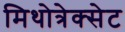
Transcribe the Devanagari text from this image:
मिथोत्रेक्सेट